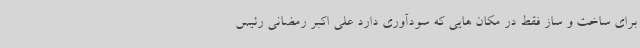
برای ساخت و ساز فقط در مکان هایی که سودآوری دارد علی اکبر رمضانی رئیس